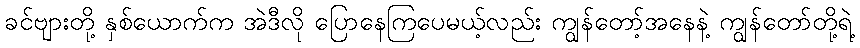
ခင်ဗျားတို့ နှစ်ယောက်က အဲဒီလို ပြောနေကြပေမယ့်လည်း ကျွန်တော့်အနေနဲ့ ကျွန်တော်တို့ရဲ့